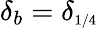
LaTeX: \delta_{b}=\delta_{\scriptscriptstyle{1/4}}